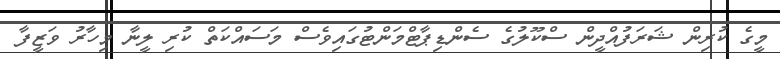
މީގެ ކުރިން ޝަރަފުއްދީން ސްކޫލުގެ ސެންޑިޕާޓްމަންޓުގައިވެސް މަސައްކަތް ކުރި ލީނާ މިހާރު ވަޒީފާ